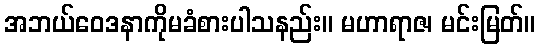
အဘယ်ဝေဒနာကိုမခံစားပါသနည်း။ မဟာရာဇ၊ မင်းမြတ်။